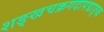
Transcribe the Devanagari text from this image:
शङ्खचक्रगदापद्माङ्क